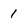
Character: 1